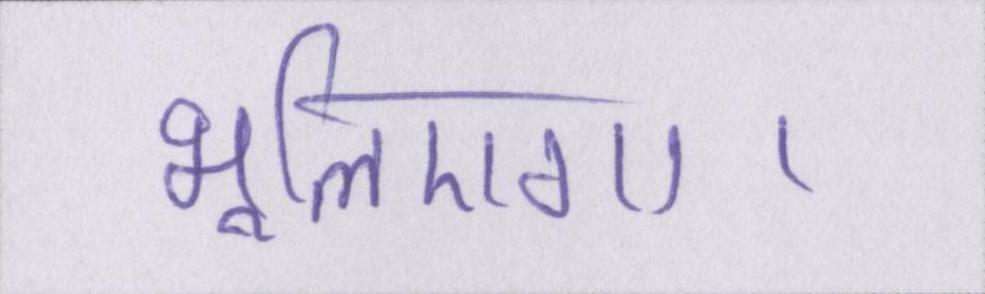
भूलिएगा।